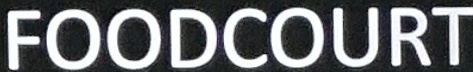
FOODCOURT